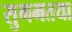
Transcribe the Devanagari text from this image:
सुगमतया